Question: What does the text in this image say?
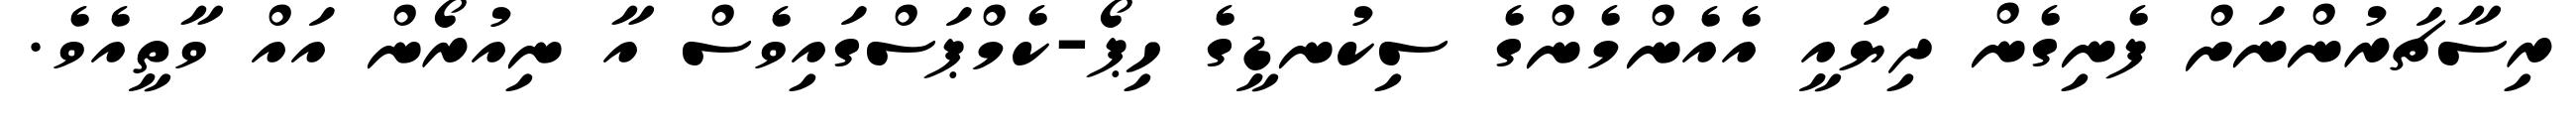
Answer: ރިސާޗަރުންނަށް ފެނިގެން ދިޔައީ އެއެންމެންގެ ސިކުނޑީގެ ހިޕޯ-ކެމްޕަސްގައިވެސް އާ ނިއުރޯން އައް ވާތީއެވެ.